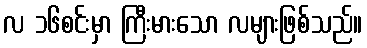
လ ၁၆စင်းမှာ ကြီးမားသော လများဖြစ်သည်။